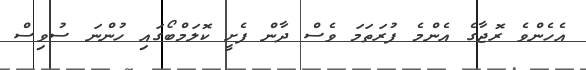
އެހެންވެ ރޮޖާގެ އެންމެ ފުރަތަމަ ވެސް ދާން ފެށީ ކޮލަމްބޯގައި ހުންނަ ސުވިސް